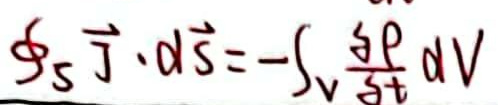
\(\oint_{S} \vec{j} \cdot d\vec{S} = -\int_{V} \frac{\partial \rho}{\partial t} dV\)